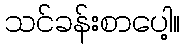
သင်ခန်းစာပေါ့။